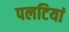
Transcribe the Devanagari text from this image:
पलटियां